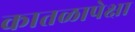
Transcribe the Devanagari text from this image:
कातळापेक्षा